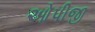
ઓપીજી